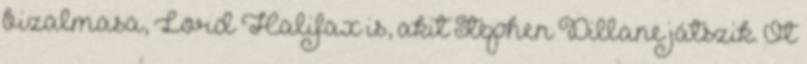
bizalmasa, Lord Halifax is, akit Stephen Dillane játszik. Őt